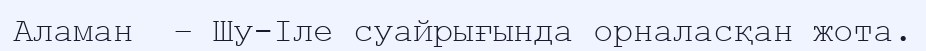
Аламан  – Шу-Іле суайрығында орналасқан жота.